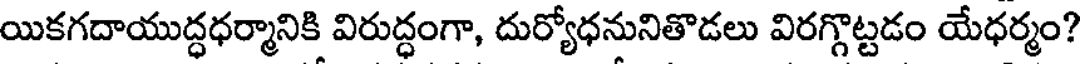
యికగదాయుద్ధధర్మానికి విరుద్ధంగా, దుర్యోధనునితొడలు విరగ్గొట్టడం యేధర్మం?